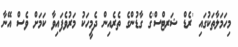
މިހަމަލާތަކުގައި 'ރެޑް ޝަރޓްސް'ގެ ގާޑުންގެ ތެރެއިން ދެމީހަކު މަރުވެފައިވާ ކަމަށް ވެސް އޭނާ